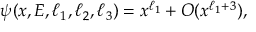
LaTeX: \psi ( x , E , \ell _ { 1 } , \ell _ { 2 } , \ell _ { 3 } ) = x ^ { \ell _ { 1 } } + O ( x ^ { \ell _ { 1 } + 3 } ) ,